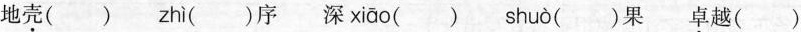
地壳() zhì ()序深 xiāo () shuò ()果 卓越()